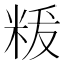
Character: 𮇚